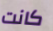
كانت